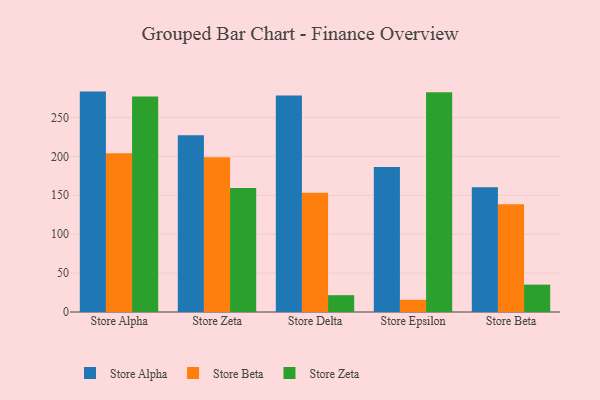
{"axis": {"x": "Store", "y": "Backlog"}, "legend": ["Store Alpha", "Store Beta", "Store Zeta"], "data": [{"x": "Store Alpha", "y": 283.2, "type": "Store Alpha"}, {"x": "Store Alpha", "y": 204.1, "type": "Store Beta"}, {"x": "Store Alpha", "y": 276.8, "type": "Store Zeta"}, {"x": "Store Zeta", "y": 227.0, "type": "Store Alpha"}, {"x": "Store Zeta", "y": 199.0, "type": "Store Beta"}, {"x": "Store Zeta", "y": 159.4, "type": "Store Zeta"}, {"x": "Store Delta", "y": 278.2, "type": "Store Alpha"}, {"x": "Store Delta", "y": 153.3, "type": "Store Beta"}, {"x": "Store Delta", "y": 21.6, "type": "Store Zeta"}, {"x": "Store Epsilon", "y": 186.3, "type": "Store Alpha"}, {"x": "Store Epsilon", "y": 15.7, "type": "Store Beta"}, {"x": "Store Epsilon", "y": 282.3, "type": "Store Zeta"}, {"x": "Store Beta", "y": 160.4, "type": "Store Alpha"}, {"x": "Store Beta", "y": 138.4, "type": "Store Beta"}, {"x": "Store Beta", "y": 35.2, "type": "Store Zeta"}]}